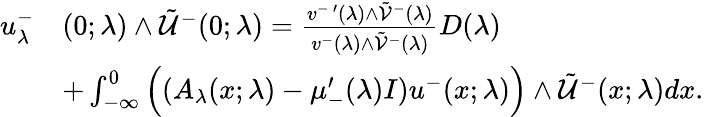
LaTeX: \begin{array}{rl}{u_{\lambda}^{-}}&{(0;\lambda)\wedge\tilde{\mathcal{U}}^{-}(0;\lambda)=\frac{v^{-\, \prime}(\lambda)\wedge\tilde{\mathcal{V}}^{-}(\lambda)}{v^{-}(\lambda)\wedge\tilde{\mathcal{V}}^{-}(\lambda)}D(\lambda)}\\ &{+\int_{-\infty}^{0}\Big((A_{\lambda}(x;\lambda)-\mu_{-}^{\prime}(\lambda)I)u^{-}(x;\lambda)\Big)\wedge\tilde{\mathcal{U}}^{-}(x;\lambda)dx.}\end{array}